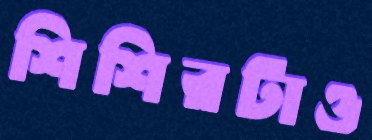
শিশিরটাও